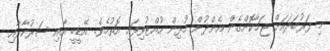
މި ފަރުބަދައަށް ޖަމާކޮށްގެން އެންދުން މުޅިން ހުއްޓުވިފައި އޮތުމެވެ. އޭޑީބީ އާއި ސަރުކާރާއި